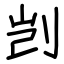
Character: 剀